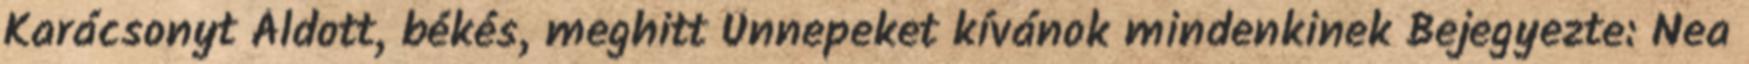
Karácsonyt Áldott, békés, meghitt Ünnepeket kívánok mindenkinek Bejegyezte: Nea